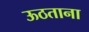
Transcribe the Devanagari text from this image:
ऊठताना